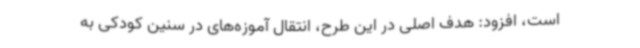
است، افزود: هدف اصلی در این طرح، انتقال آموزه‌های در سنین کودکی به